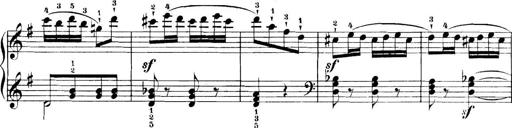
Title: 11 Sonatinas
Composer: Anton Diabelli